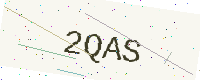
Text: 2QAS